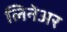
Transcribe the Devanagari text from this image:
लिनेअर